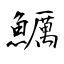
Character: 鱱